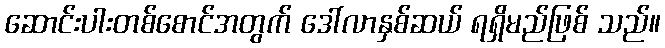
ဆောင်းပါးတစ်စောင်အတွက် ဒေါ်လာနှစ်ဆယ် ရရှိမည်ဖြစ် သည်။